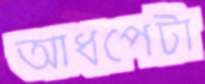
আধপেটা